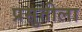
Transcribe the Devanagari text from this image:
प्रसुतीला